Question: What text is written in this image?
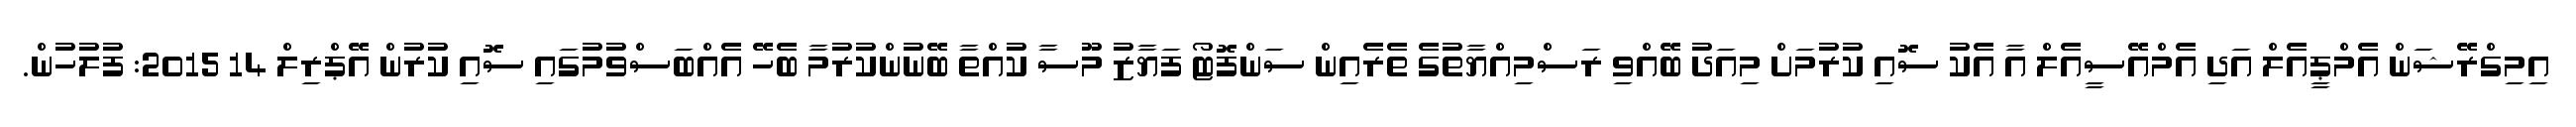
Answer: އިމިގްރޭޝަން އެމްޕީއެލް އަދި އެމްއޭސީއެލް އާ އެކު ސޮއި ކުރުމަށް މިއަދު ބޭއްވި ރަސްމިއްޔާތުގެ ތެރެއިން ސަންފޮޓޯ ފަޔާޒު މޫސާ ކުއްތާ ބޭނުންކުރުމާ ބެހޭ އެއްބަސްވުމުގައި ސޮއި ކުރުން އޭޕްރިލް 14 2015: ފުލުހުން.